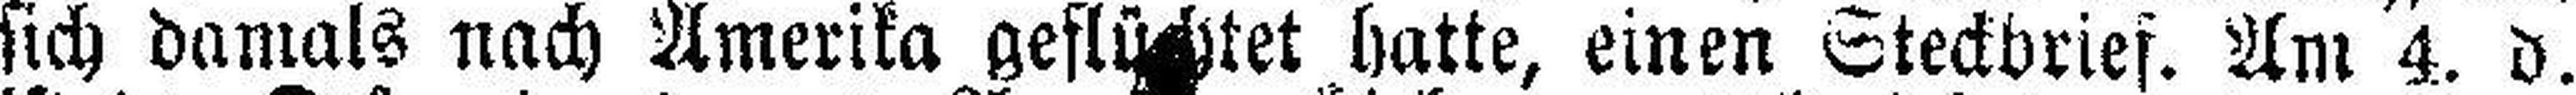
sich damals nach Amerika geflüchtet hatte, einen Steckbrief. Am 4. d.